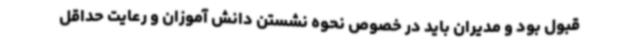
قبول بود و مدیران باید در خصوص نحوه نشستن دانش آموزان و رعایت حداقل